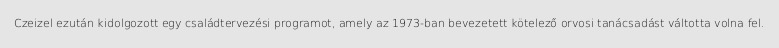
Czeizel ezután kidolgozott egy családtervezési programot, amely az 1973-ban bevezetett kötelező orvosi tanácsadást váltotta volna fel.